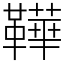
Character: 鞾